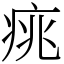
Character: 𤶃